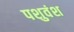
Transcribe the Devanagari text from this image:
पशुवंश